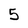
Character: 5